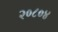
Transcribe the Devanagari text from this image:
२०८०४